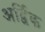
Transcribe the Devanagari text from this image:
अर्द्विक